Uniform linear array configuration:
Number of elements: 48
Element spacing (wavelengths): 0.25
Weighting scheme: hann
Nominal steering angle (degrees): -60
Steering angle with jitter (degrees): -59.468
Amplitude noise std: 0.05
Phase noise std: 0.05

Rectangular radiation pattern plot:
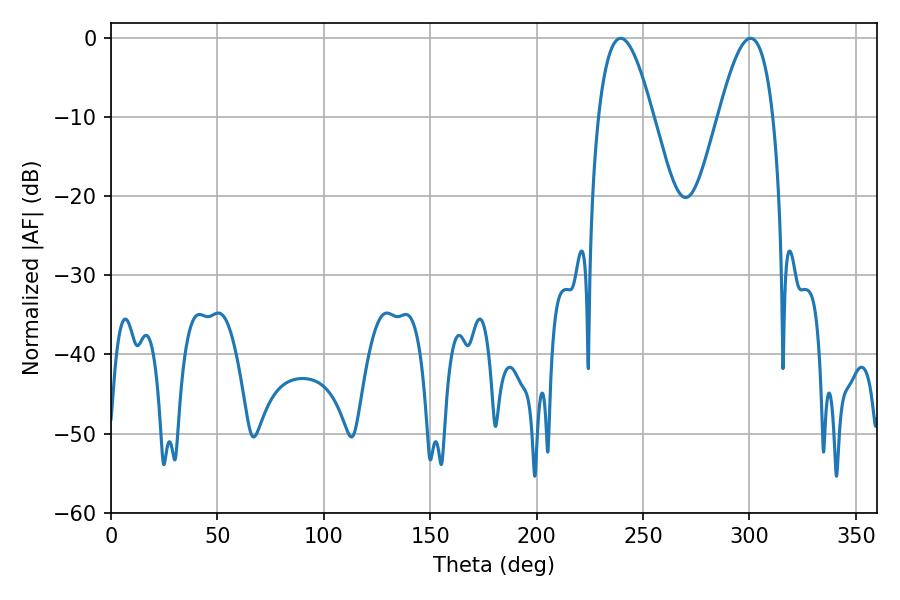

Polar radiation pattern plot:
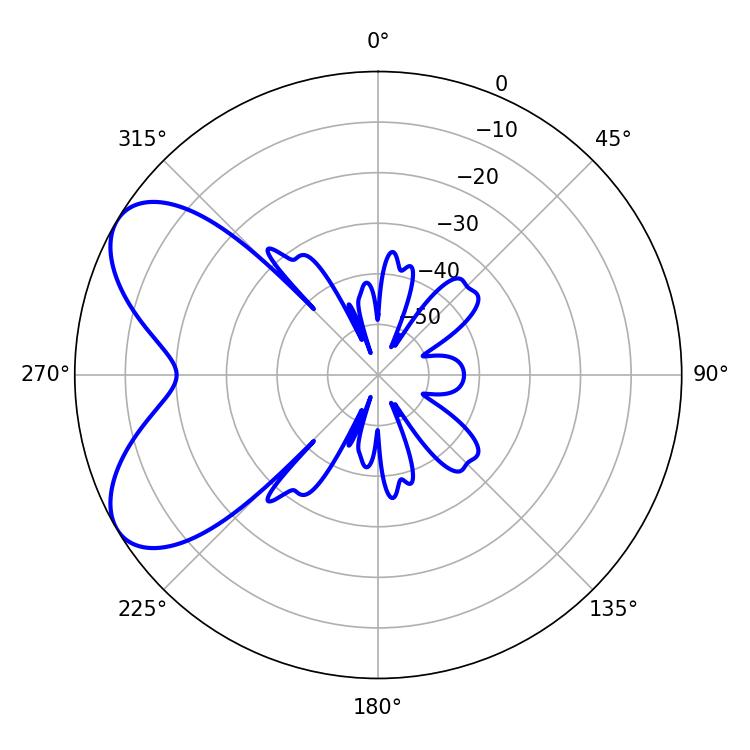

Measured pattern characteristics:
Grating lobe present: FALSE
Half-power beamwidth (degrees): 13.86
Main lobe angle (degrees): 239.4